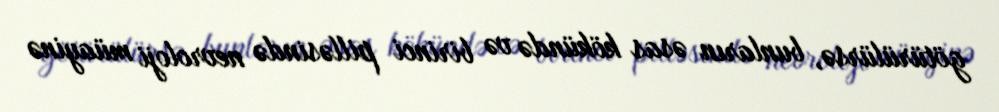
götürülürsə, bunların əsas kökündə və birinci pilləsində nevroloji müayinə